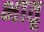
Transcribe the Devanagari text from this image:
भातृ